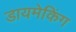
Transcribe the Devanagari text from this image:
डायमेकिंग